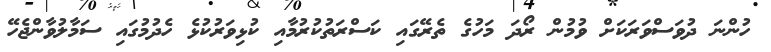
ހުންނަ ދުވަސްވަރަކަށް ވުމުން ރޯދަ މަހުގެ ތެރޭގައި ކަސްރަތުކުރުމާއި ކުޅިވަރުކުޅެ ހެދުމުގައި ސަމާލުވާންޖެހޭ